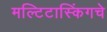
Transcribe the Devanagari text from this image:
मल्टिटास्किंगचे